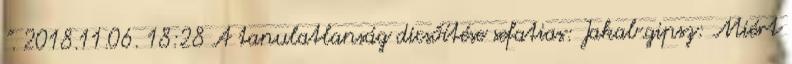
". 2018.11.06. 18:28 A tanulatlanság dicsőítése sefatias: Jakab.gipsz: Miért